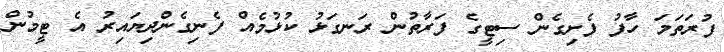
ފުރަތަމަ ހާފު ފެށިގެން ސިޓީގެ ފަރާތުން ރަނގަޅު ކުޅުމެއް ފެނިގެންދިޔައިރު އެ ޓީމުން